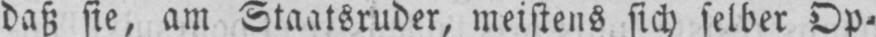
daß sie, am Staatsruder, meistens sich selber Op-